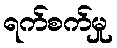
ရက်စက်မှု